Vaccine operations Central Provinces 1900-1911 - 1900-1911
Year: 1900
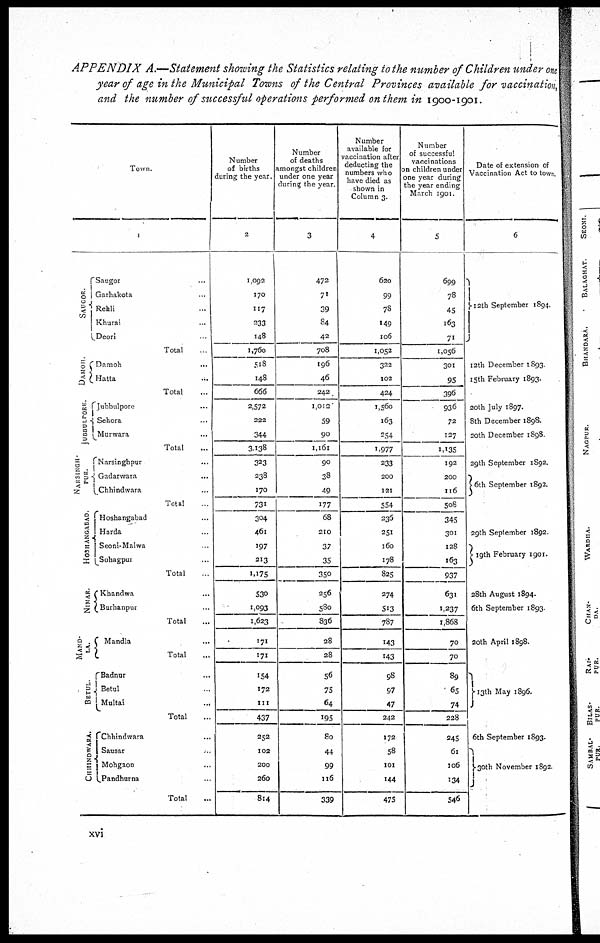
APPENDIX A.—Statement showing the Statistics relating to the number of Children under one
year of age in the Municipal Towns of the Central Provinces available for vaccination,
and the number of successful operations performed on them in 1900-1901.
Town.
1
SAUGOR.
DAMOH.
JUBBLPOURE.
NARSINGH-
PUR.
HOSHANGABAD.
NlMAR.
MANDLA.
BETUL.
CHHINDWARA.
Saugor
Garhakota
Rehli..
Khurai..
Deori..
Total.
Damoh...
Hatta...
Total
Jubbulpore...
Sehora...
Murwara...
Total
Narsinghpur...
Gadarwara...
Chhindwara...
Total
Hoshangabad...
Harda..
Seoni-Malwa.
Sohagpur...
Total.
Khandwa...
Burhanpur...
Total...
Mandla...
Total
Badnur...
Betul...
Multai...
Total
Chhindwara...
...
Sausar..
Mohgaon...
Pandhurna.
Total
Number
of births
during the year.
2
1,092
170
117
233
148
1,760
518
148
666
2,572
222
344
3,138
323
238
170
731
304
461
197
213
1,175
530
1,093
1,623
171
171
154
172
111
437
252
102
200
260
814
Number
of deaths
amongst children
under one year
during the year.
3
472
71
39
84
42
708
196
46
242
1,012
59
90
1,161
90
38
49
177
68
210
37
35
350
256
580
836
28
28
56
75
64
195
80
44
99
116
339
Number
available for
vaccination after
deducting the
numbers who
have died as
shown in
Column 3.
4
620
99
78
149
106
1,052
322
102
424
1,560
163
254
1,977
233
200
121
554
236
251
160
178
825
274
513
787
143
143
98
97
47
242
172
58
101
144
475
Number
of successful
vaccinations
on children under
one year during
the year ending
March 1901.
5
699
78
45
163
71
1,056
301
95
396
936
72
127
1,135
192
200
116
508
345
301
128
163
937
631
1,237
1,868
70
70
89
65
74
228
245
61
106
134
546
Date of extension of
Vaccination Act to town.
6
12th September 1894.
12th December 1893
15th February 1893.
20th July 1897.
8th December 1898.
20th December 1898
29th September 1892.
6th September 1892.
29th September 1892
19th February 1901.
28th August 1894.
6th September 1893
20th April 1898.
13th May 1896.
6th September 1893.
30th November 1892.
xvi